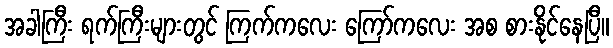
အခါကြီး ရက်ကြီးများတွင် ကြက်ကလေး ကြော်ကလေး အစ စားနိုင်နေပြီ။